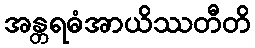
အန္တရဓံအာယိဿတီတိ